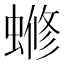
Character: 𬠡